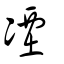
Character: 凐